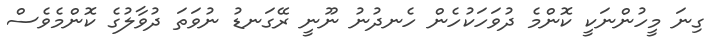
ގިނަ މީހުންނަކީ ކޮންމެ ދުވަހަކުހެން ހެނދުނު ނޫނީ ރޭގަނޑު ނުވަތަ ދުވާލުގެ ކޮންމެވެސް